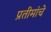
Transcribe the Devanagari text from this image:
प्रतीमांचे